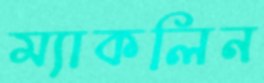
ম্যাকলিন